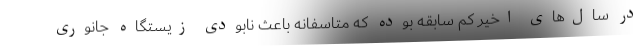
در سال‌های اخیر کم سابقه بوده که متاسفانه باعث نابودی زیستگاه جانوری